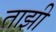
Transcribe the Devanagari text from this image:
ताझी